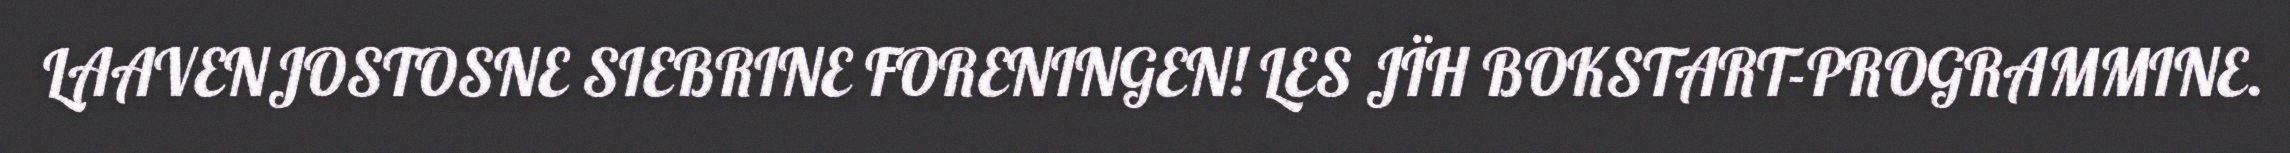
LAAVENJOSTOSNE SIEBRINE FORENINGEN! LES JÏH BOKSTART-PROGRAMMINE.